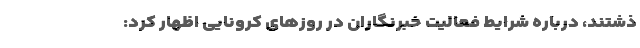
ذشتند، درباره شرایط فعالیت خبرنگاران در روزهای کرونایی اظهار کرد: